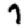
Digit: 7